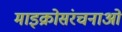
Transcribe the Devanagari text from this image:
माइक्रोसंरचनाओं